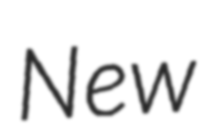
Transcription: New